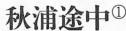
秋浦途中^{①}